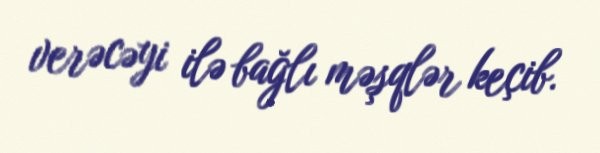
verəcəyi ilə bağlı məşqlər keçib.